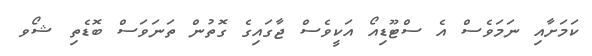
ކަމަށާއި ނަމަވެސް އެ ސްޓޫޑިއޯ އަކީވެސް ޖާގައިގެ ގޮތުން ތަނަވަސް ބޮޑެތި ޝޯވ